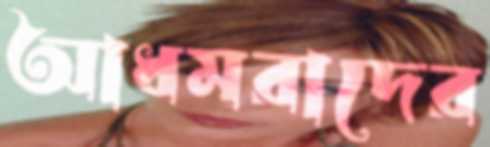
আধমরাদের